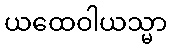
ယထေဝါယသ္မာ